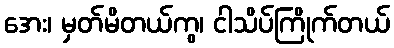
အေး၊ မှတ်မိတယ်ကွ၊ ငါသိပ်ကြိုက်တယ်